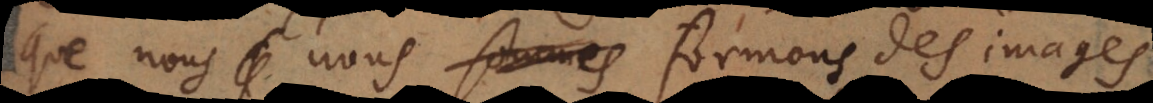
que nous nous formons des images